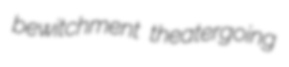
bewitchment theatergoing